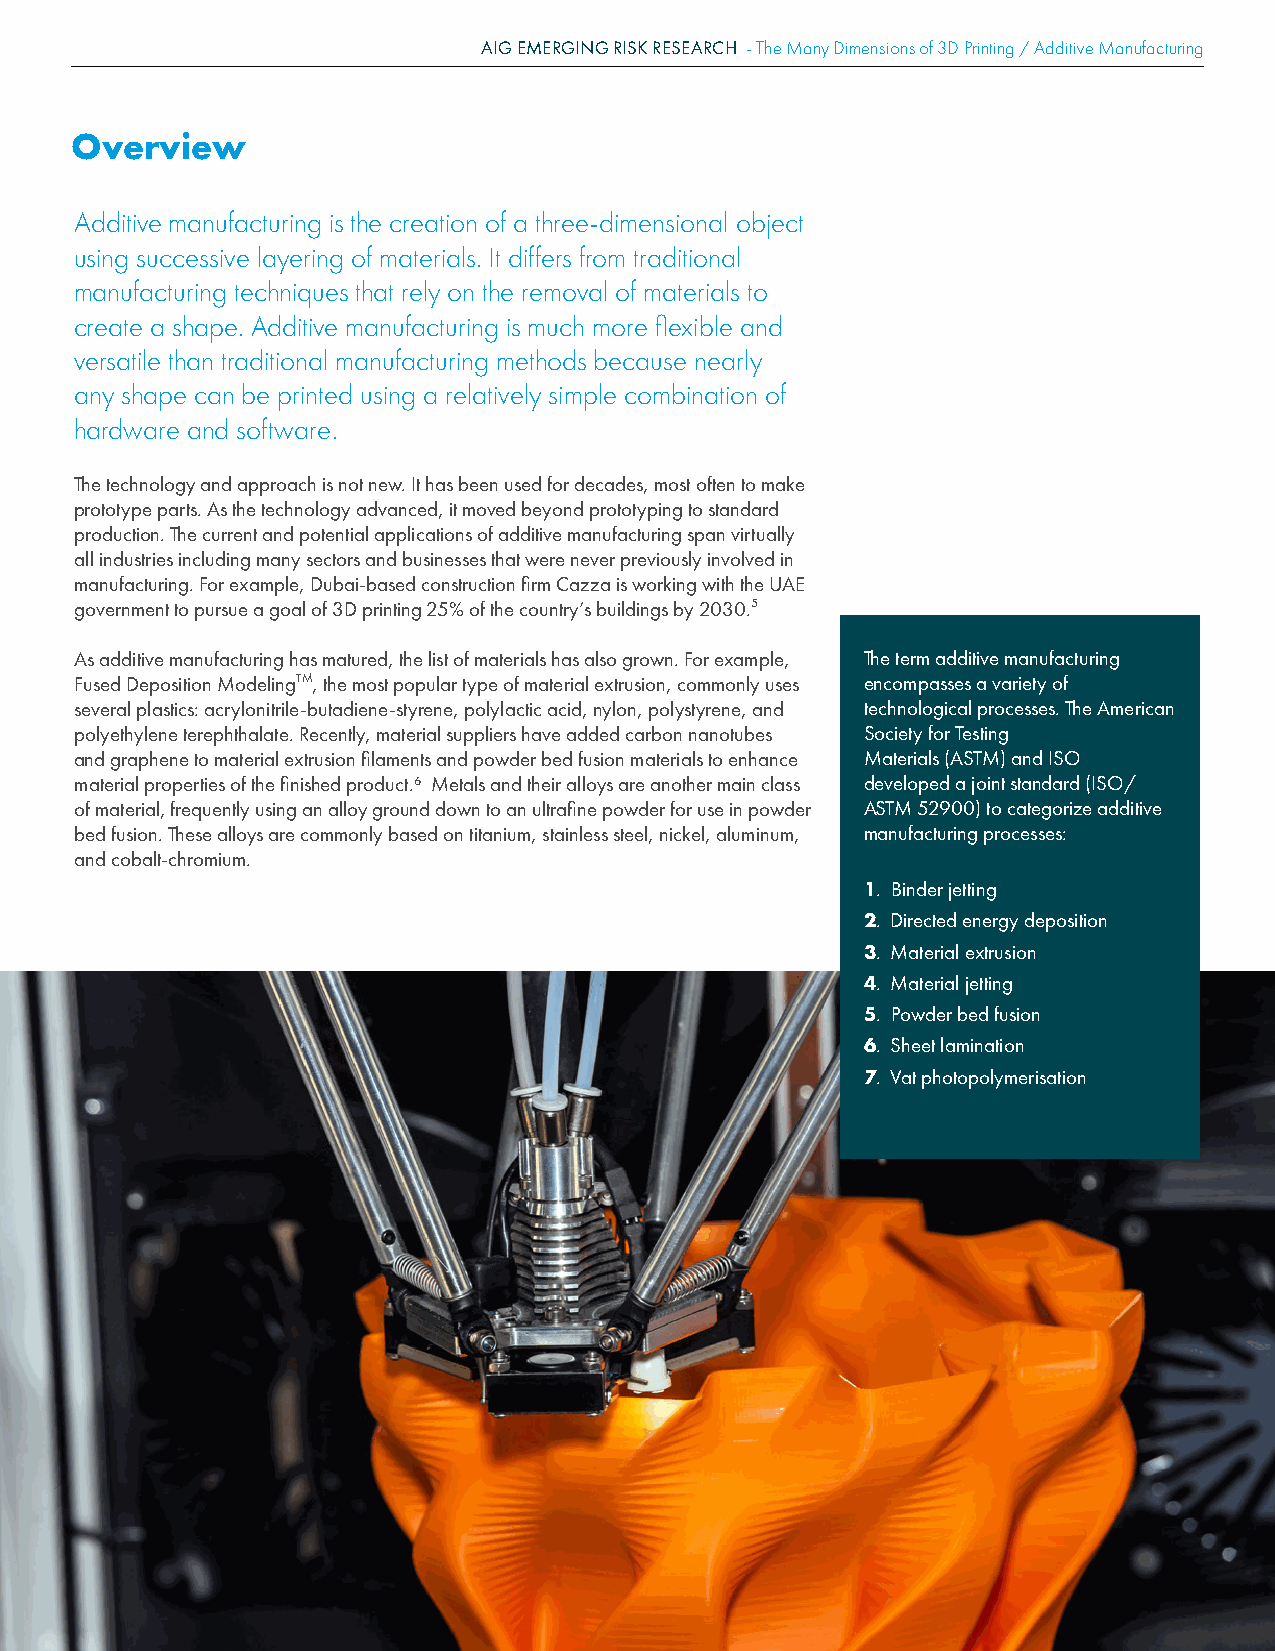
AIG EMERGING RISK RESEARCH - The Many Dimensions of 3D Printing / Additive Manufacturing
 Overview
 Additive manufacturing is the creation of a three-dimensional object
 using successive layering of materials. It differs from traditional
 manufacturing techniques that rely on the removal of materials to
 create a shape. Additive manufacturing is much more flexible and
 versatile than traditional manufacturing methods because nearly
 any shape can be printed using a relatively simple combination of
 hardware and software.
 The technology and approach is not new. It has been used for decades, most often to make
 prototype parts. As the technology advanced, it moved beyond prototyping to standard
 production. The current and potential applications of additive manufacturing span virtually
 all industries including many sectors and businesses that were never previously involved in
 manufacturing. For example, Dubai-based construction firm Cazza is working with the UAE
 ₅
 government to pursue a goal of 3D printing 25% of the country’s buildings by 2030.
 As additive manufacturing has matured, the list of materials has also grown. For example, The term additive manufacturing
 Fused Deposition ModelingTM, the most popular type of material extrusion, commonly uses encompasses a variety of
 several plastics: acrylonitrile-butadiene-styrene, polylactic acid, nylon, polystyrene, and technological processes. The American
 polyethylene terephthalate. Recently, material suppliers have added carbon nanotubes Society for Testing
 and graphene to material extrusion filaments and powder bed fusion materials to enhance Materials (ASTM) and ISO
 material properties of the finished product.₆ Metals and their alloys are another main class developed a joint standard (ISO/
 of material, frequently using an alloy ground down to an ultrafine powder for use in powder ASTM 52900) to categorize additive
 bed fusion. These alloys are commonly based on titanium, stainless steel, nickel, aluminum, manufacturing processes:
 and cobalt-chromium.
 1. Binder jetting
 2. Directed energy deposition
 3. Material extrusion
 4. Material jetting
 5. Powder bed fusion
 6. Sheet lamination
 7. Vat photopolymerisation
 Page 3 of 13